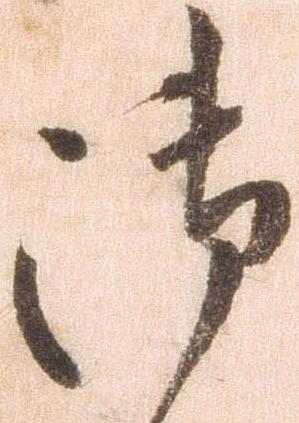
御